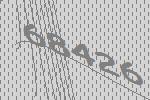
68426